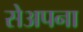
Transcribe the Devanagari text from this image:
सेअपना